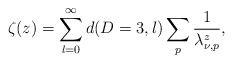
\begin{align*}\zeta (z) = \sum_{\l=0}^{\infty} d(D=3,l)\sum_p \frac{1}{\lambda_{\nu,p}^z},\end{align*}